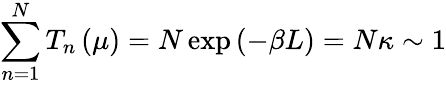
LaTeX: \sum_{n=1}^{N}T_{n}\left(\mu\right)=N\exp\left(-\beta L\right)=N\kappa\sim 1